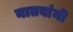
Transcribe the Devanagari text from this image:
नातवांनी